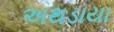
અથડાયા